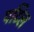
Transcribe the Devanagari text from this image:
पटिल